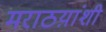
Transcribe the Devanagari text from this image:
मराठय़ांशी